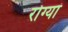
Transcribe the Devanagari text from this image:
रोग्यां